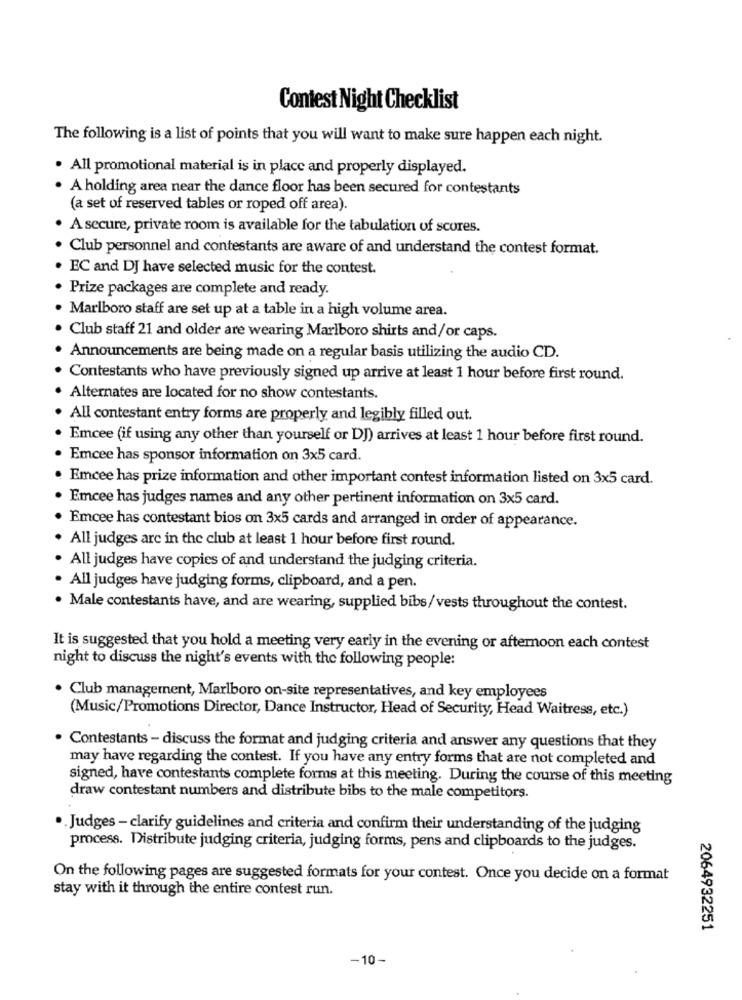
Contest Night Checklist
The following is a list of points that you will want to make sure happen each night.
· All promotional material is in place and properly displayed.
A holding area near the dance floor has been secured for contestants
(a set of reserved tables or roped off area).
A secure, private room is available for the tabulation of scores.
. Club personnel and contestants are aware of and understand the contest format.
EC and DJ have selected music for the contest.
Prize packages are complete and ready.
Marlboro staff are set up at a table in a high volume area.
Club staff 21 and older are wearing Marlboro shirts and/or caps.
Announcements are being made on a regular basis utilizing the audio CD.
Contestants who have previously signed up arrive at least 1 hour before first round.
Alternates are located for no show contestants.
All contestant entry forms are properly and legibly filled out.
Emcee (if using any other than yourself or DJ) arrives at least 1 hour before first round.
Emcee has sponsor information on 3x5 card.
Emcee has prize information and other important contest information listed on 3x5 card.
Emcee has judges names and any other pertinent information on 3x5 card.
Emcee has contestant bios on 3x5 cards and arranged in order of appearance.
All judges arc in the club at least 1 hour before first round.
All judges have copies of and understand the judging criteria.
All judges have judging forms, clipboard, and a pen.
. Male contestants have, and are wearing, supplied bibs/vests throughout the contest.
It is suggested that you hold a meeting very early in the evening or afternoon each contest
night to discuss the night's events with the following people:
Club management, Marlboro on-site representatives, and key employees
(Music/Promotions Director, Dance Instructor, Head of Security, Head Waitress, etc.)
. Contestants - discuss the format and judging criteria and answer any questions that they
may have regarding the contest. If you have any entry forms that are not completed and
signed, have contestants complete forms at this meeting. During the course of this meeting
draw contestant numbers and distribute bibs to the male competitors.
.. Judges - clarify guidelines and criteria and confirm their understanding of the judging
process. Distribute judging criteria, judging forms, pens and clipboards to the judges.
On the following pages are suggested formats for your contest. Once you decide on a format
stay with it through the entire contest run.
2064932251
-10-